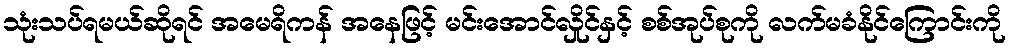
သုံးသပ်ရမယ်ဆိုရင် အမေရိကန် အနေဖြင့် မင်းအောင်လှိုင်နှင့် စစ်အုပ်စုကို လက်မခံနိုင်ကြောင်းကို